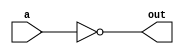
`timescale 1ns/1ps

module Not_1bit_in_nor (out, a);
input a;
output out;

nor nor0 (out, a, a);

endmodule